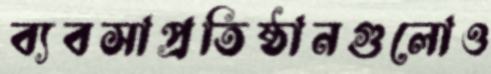
ব্যবসাপ্রতিষ্ঠানগুলোও